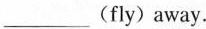
___(fly) away.